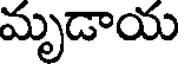
మృడాయ